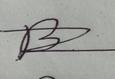
Signature authenticity: forged